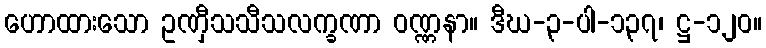
ဟောထားသော ဥဏှီသသီသလက္ခဏာ ဝဏ္ဏနာ။ ဒီဃ-၃-ပါ-၁၃၇၊ ဋ္ဌ-၁၂၀။